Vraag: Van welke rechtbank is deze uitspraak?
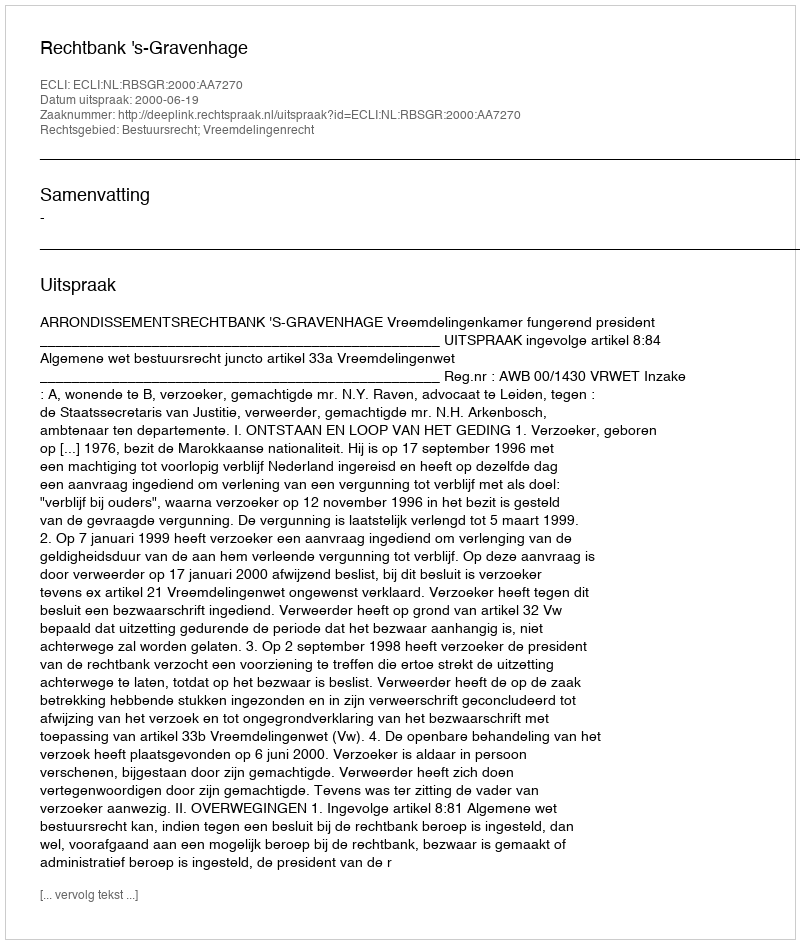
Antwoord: Rechtbank 's-Gravenhage